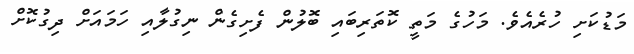
މަޑުކަށި ހުރެެެއެވެ. މަހުގެ މަތީ ކޮތަރިބައި ބޮލުން ފެށިގެން ނިގުލާއި ހަމައަށް ދިގުކޮށް